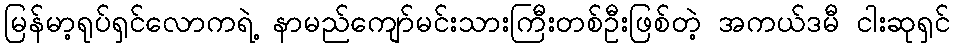
မြန်မာ့ရုပ်ရှင်လောကရဲ့ နာမည်ကျော်မင်းသားကြီးတစ်ဦးဖြစ်တဲ့ အကယ်ဒမီ ငါးဆုရှင်